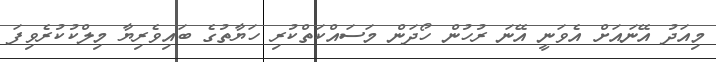
މިއަދު އޭނައަށް އެވަނީ އޭނަ ރުހުން ހޯދަން މަސައްކަތްކުރި ހަޔާތުގެ ބައިވެރިޔާ މިލްކުކުރެވިފަ